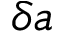
\delta \boldsymbol { a }